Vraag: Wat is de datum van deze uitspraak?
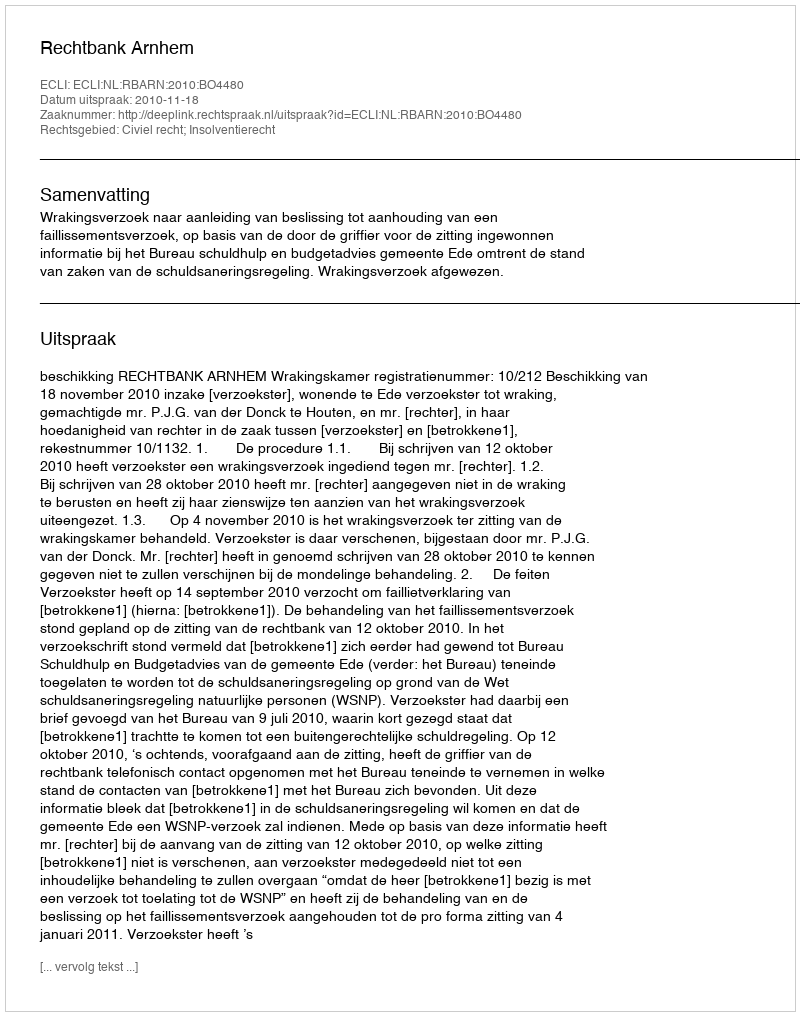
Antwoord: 2010-11-18